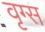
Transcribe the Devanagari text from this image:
वृग्स